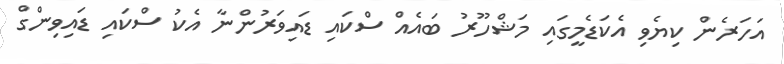
އަހަރެން ކިޔެވި އެކަޑެމީގައި މަޝްހޫރު ބައެއް ސްކައި ޑައިވަރުންނާ އެކު ސްކައި ޑައިވިންގް